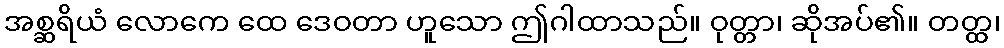
အစ္ဆရိယံ လောကေ ထေ ဒေဝတာ ဟူသော ဤဂါထာသည်။ ဝုတ္တာ၊ ဆိုအပ်၏။ တတ္ထ၊